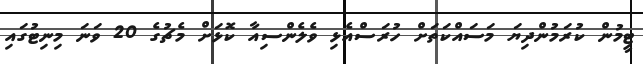
ޓީމުން ކުރަމުންދިޔަ މަސައްކަތަށް ހުރަސްްއެޅި ވެލެންސިއާ ކޮޅަށް މެޗުގެ 20 ވަނަ މިނިޓުގައި